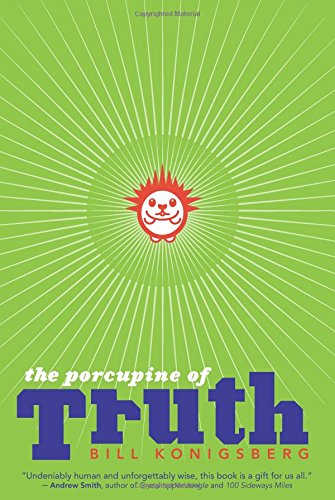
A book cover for The Porcupine of Truth; Bill Konigsberg; Teen & Young Adult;